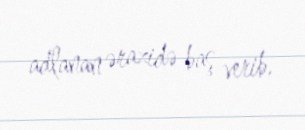
adlanan ərazidə baş verib.